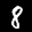
Label: 8